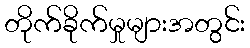
တိုက်ခိုက်မှုများအတွင်း